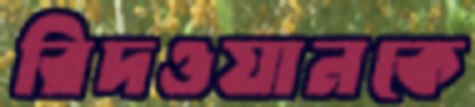
রিদওয়ানকে